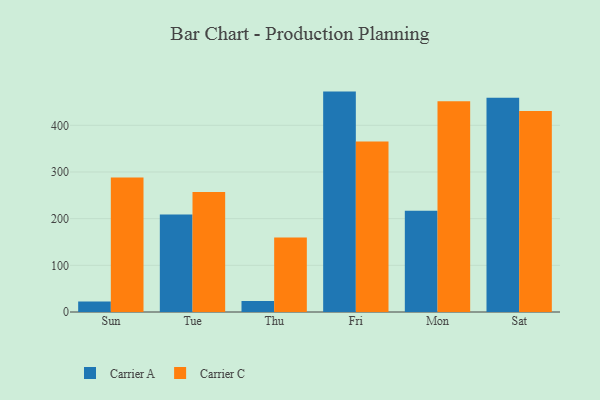
{"axis": {"x": "Day", "y": "Waste Production (Tons)"}, "legend": ["Carrier A", "Carrier C"], "data": [{"x": "Sun", "y": 22.7, "type": "Carrier A"}, {"x": "Sun", "y": 287.9, "type": "Carrier C"}, {"x": "Tue", "y": 208.7, "type": "Carrier A"}, {"x": "Tue", "y": 257.1, "type": "Carrier C"}, {"x": "Thu", "y": 23.8, "type": "Carrier A"}, {"x": "Thu", "y": 159.7, "type": "Carrier C"}, {"x": "Fri", "y": 472.2, "type": "Carrier A"}, {"x": "Fri", "y": 365.3, "type": "Carrier C"}, {"x": "Mon", "y": 216.9, "type": "Carrier A"}, {"x": "Mon", "y": 451.7, "type": "Carrier C"}, {"x": "Sat", "y": 458.8, "type": "Carrier A"}, {"x": "Sat", "y": 430.7, "type": "Carrier C"}]}